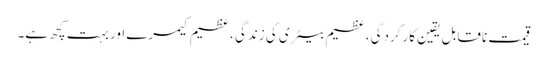
قیمت ناقابل یقین کارکردگی ، عظیم بیٹری کی زندگی ، عظیم کیمرے اور بہت کچھ ہے۔